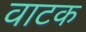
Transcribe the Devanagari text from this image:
वाटक